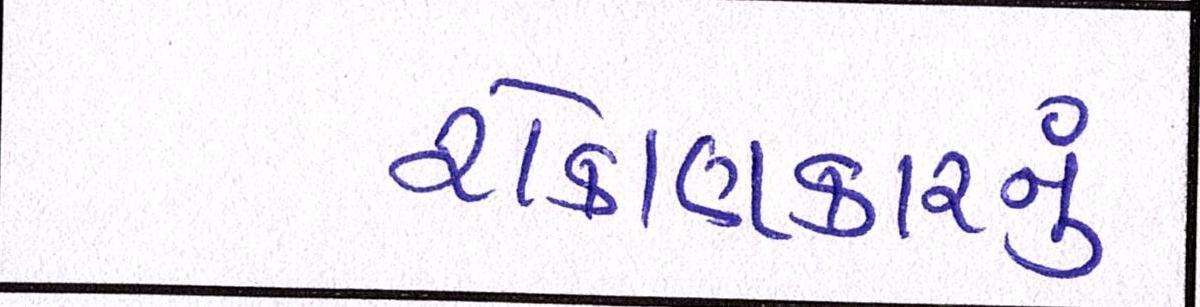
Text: રોકાણકારનું